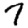
Digit: 7